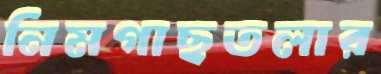
নিমগাছতলার